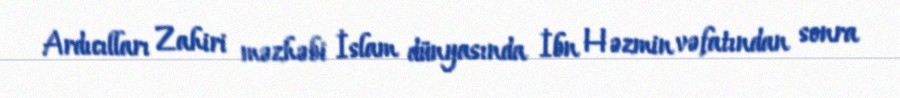
Ardıcılları Zahiri məzhəbi İslam dünyasında İbn Həzmin vəfatından sonra